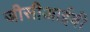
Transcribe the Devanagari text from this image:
जीसीआईबी